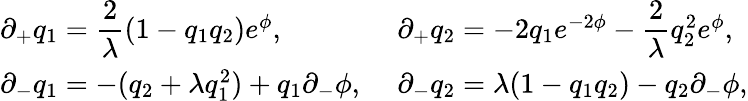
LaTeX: \left.\begin{array}{ll}{{\partial_{+}q_{1}={\displaystyle\frac{2}{\lambda}}(1-q_{1}q_{2})e^{\phi},\, \, }}&{{\partial_{+}q_{2}=-2q_{1}e^{-2\phi}-{\displaystyle\frac{2}{\lambda}}q_{2}^{2}e^{\phi},}}\\ {{\partial_{-}q_{1}=-(q_{2}+\lambda q_{1}^{2})+q_{1}\partial_{-}\phi,\, \, }}&{{\partial_{-}q_{2}=\lambda(1-q_{1}q_{2})-q_{2}\partial_{-}\phi,}}\end{array}\right.